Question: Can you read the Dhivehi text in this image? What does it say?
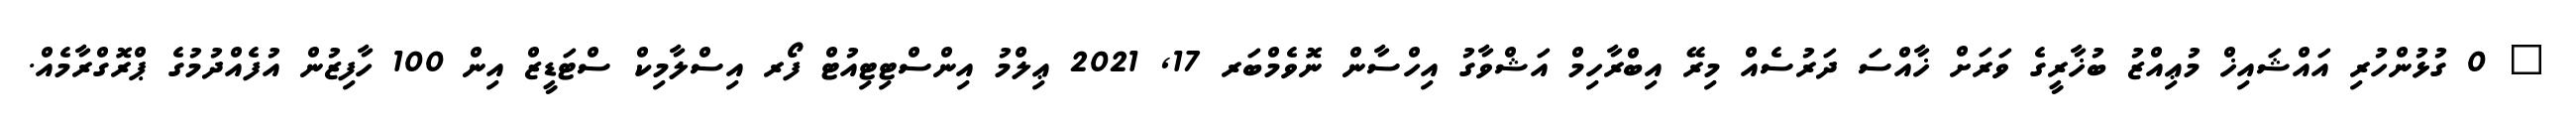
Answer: " 0 ގުޅުންހުރި އައްޝައިޚް މުޢިއްޒު ބުޚާރީގެ ވަރަށް ޚާއްސަ ދަރުސެއް މިރޭ އިބްރާހިމް އަޝްވާގު އިހްސާން ނޮވެމްބަރ 17, 2021 ޢިލްމު އިންސްޓިޓިއުޓް ފޯރ އިސްލާމިކް ސްޓަޑީޒް އިން 100 ހާފިޒުން އުފެއްދުމުގެ ޕްރޮގްރާމެއް.